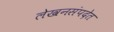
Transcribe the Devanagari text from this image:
लेखनसंपदेत